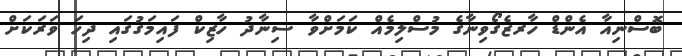
ބޮސްނިއާ އެންޑް ހާރޒެގޯވިނާގެ މުސްލިމެއް ކަމަށްވާ ސިނާދު ހާޒިކް ފައިމަގުގައި ދިހަ ވަރަކަށް